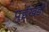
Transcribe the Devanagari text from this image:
पुईखडी